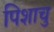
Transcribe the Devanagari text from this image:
पिशाचु